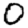
Digit: 0